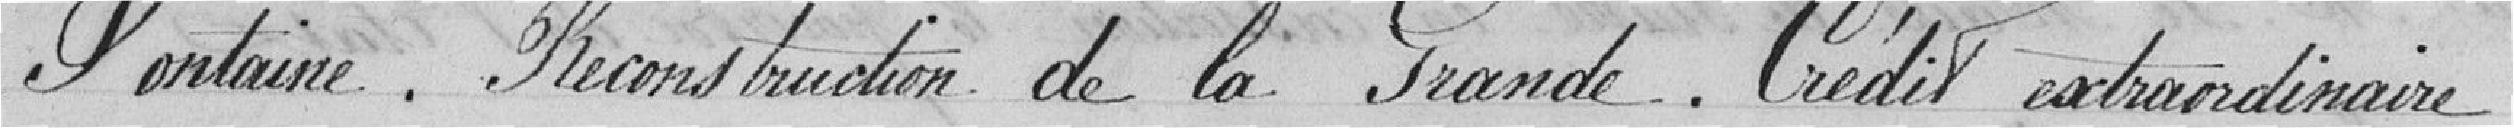
Fontaine. Reconstruction de la Grande. Crédit extraordinaire.